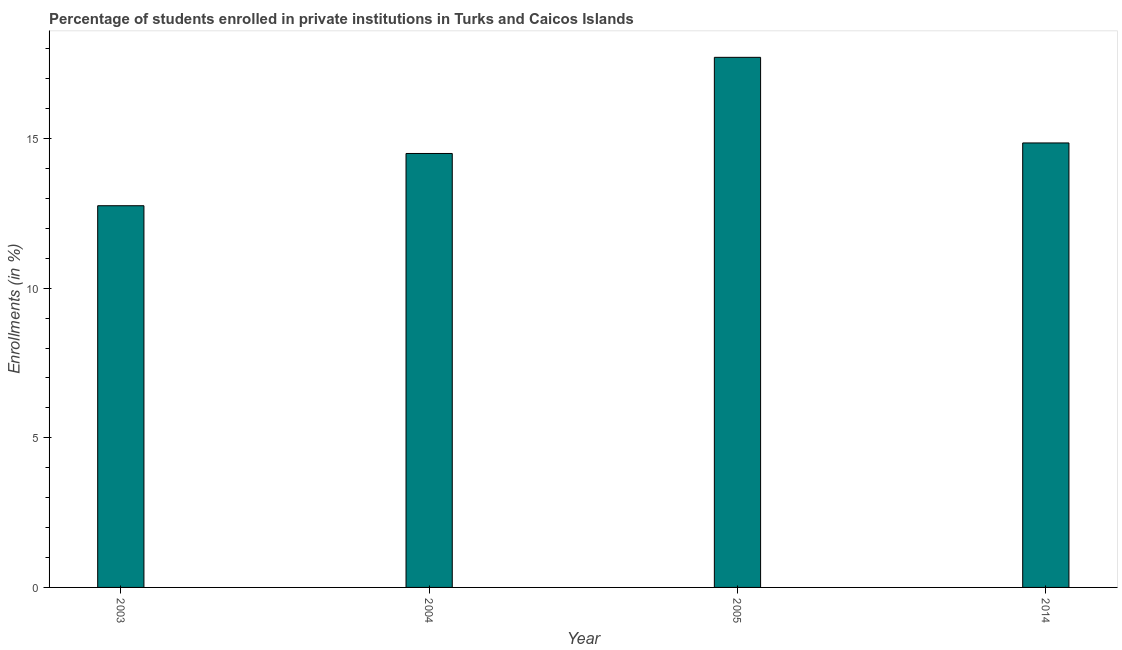
| Year | Enrollments |
 | --- | --- |
 | 2003 | 12.8 |
 | 2004 | 14.5 |
 | 2005 | 17.7 |
 | 2014 | 14.9 |